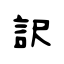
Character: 訳